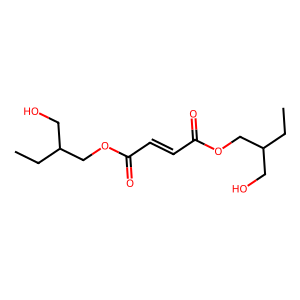
SMILES: CCC(CO)COC(=O)C=CC(=O)OCC(CC)CO
Inhibits HIV replication: No